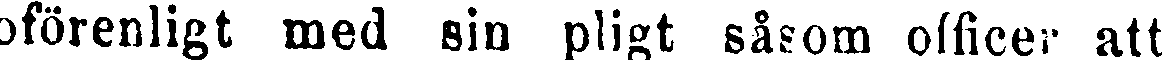
oförenligt med sin pligt såsom officer att